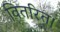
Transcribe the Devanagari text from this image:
वितरित।